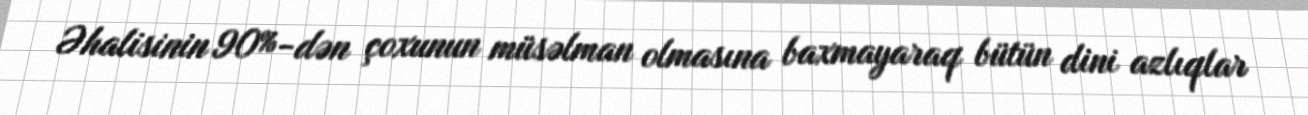
Əhalisinin 90%-dən çoxunun müsəlman olmasına baxmayaraq bütün dini azlıqlar